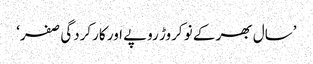
’سال بھر کے نو کروڑ روپے اور کارکردگی صفر‘